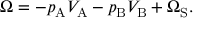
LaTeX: \Omega = - p _ { \mathrm { { A } } } V _ { \mathrm { { A } } } - p _ { \mathrm { { B } } } V _ { \mathrm { { B } } } + \Omega _ { \mathrm { { S } } } .